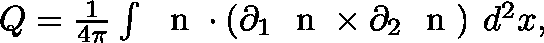
\begin{array} { r } { Q = \frac { 1 } { 4 \pi } \int \mathrm { ~ \boldmath ~ n ~ } \cdot \left( \partial _ { 1 } \mathrm { ~ \boldmath ~ n ~ } \times \partial _ { 2 } \mathrm { ~ \boldmath ~ n ~ } \right) \: d ^ { 2 } x , } \end{array}